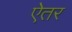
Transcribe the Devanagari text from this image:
ऐतर